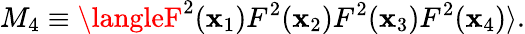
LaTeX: M_{4}\equiv\langleF^{2}(\mathbf{x}_{1})F^{2}(\mathbf{x}_{2})F^{2}(\mathbf{x}_{3})F^{2}(\mathbf{x}_{4})\rangle.